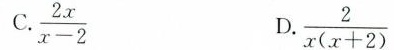
C. $$\frac{2x}{x-2}$$ $$\frac{2}{x(x+2)}$$